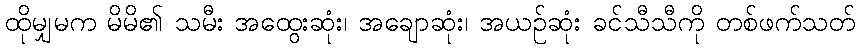
ထိုမျှမက မိမိ၏ သမီး အထွေးဆုံး၊ အချောဆုံး၊ အယဉ်ဆုံး ခင်သီသီကို တစ်ဖက်သတ်